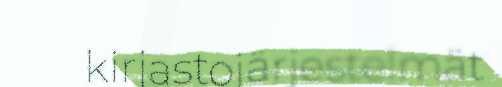
kirjastojärjestelmät